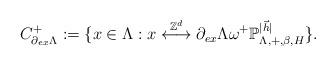
LaTeX: \begin{align*}C^+_{\partial_{ex}\Lambda}:=\{x\in\Lambda: x\overset{\mathbb{Z}^d}{\longleftrightarrow}\partial_{ex}\Lambda \omega^+ \mathbb{P}_{\Lambda,+,\beta,H}^{|\vec{h}|}\}.\end{align*}